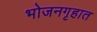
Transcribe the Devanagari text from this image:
भोजनगृहात